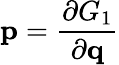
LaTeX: \mathbf{p}={\frac{\partial G_{1}}{\partial\mathbf{q}}}